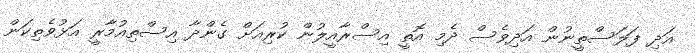
އަދި ފަލަސްތީނުން އަދިވެސް ދެމި އޮތީ އިސްރާއީލުން ކުރިއަށް ގެންދާ އިސްތިއުމާރީ އަޅުވެތިކަން